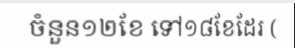
ចំនួន១២ខែ ទៅ១៨ខែដែរ (